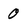
Character: 0